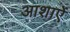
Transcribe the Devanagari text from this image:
आशाऐं